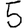
Digit: 5